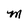
Character: M